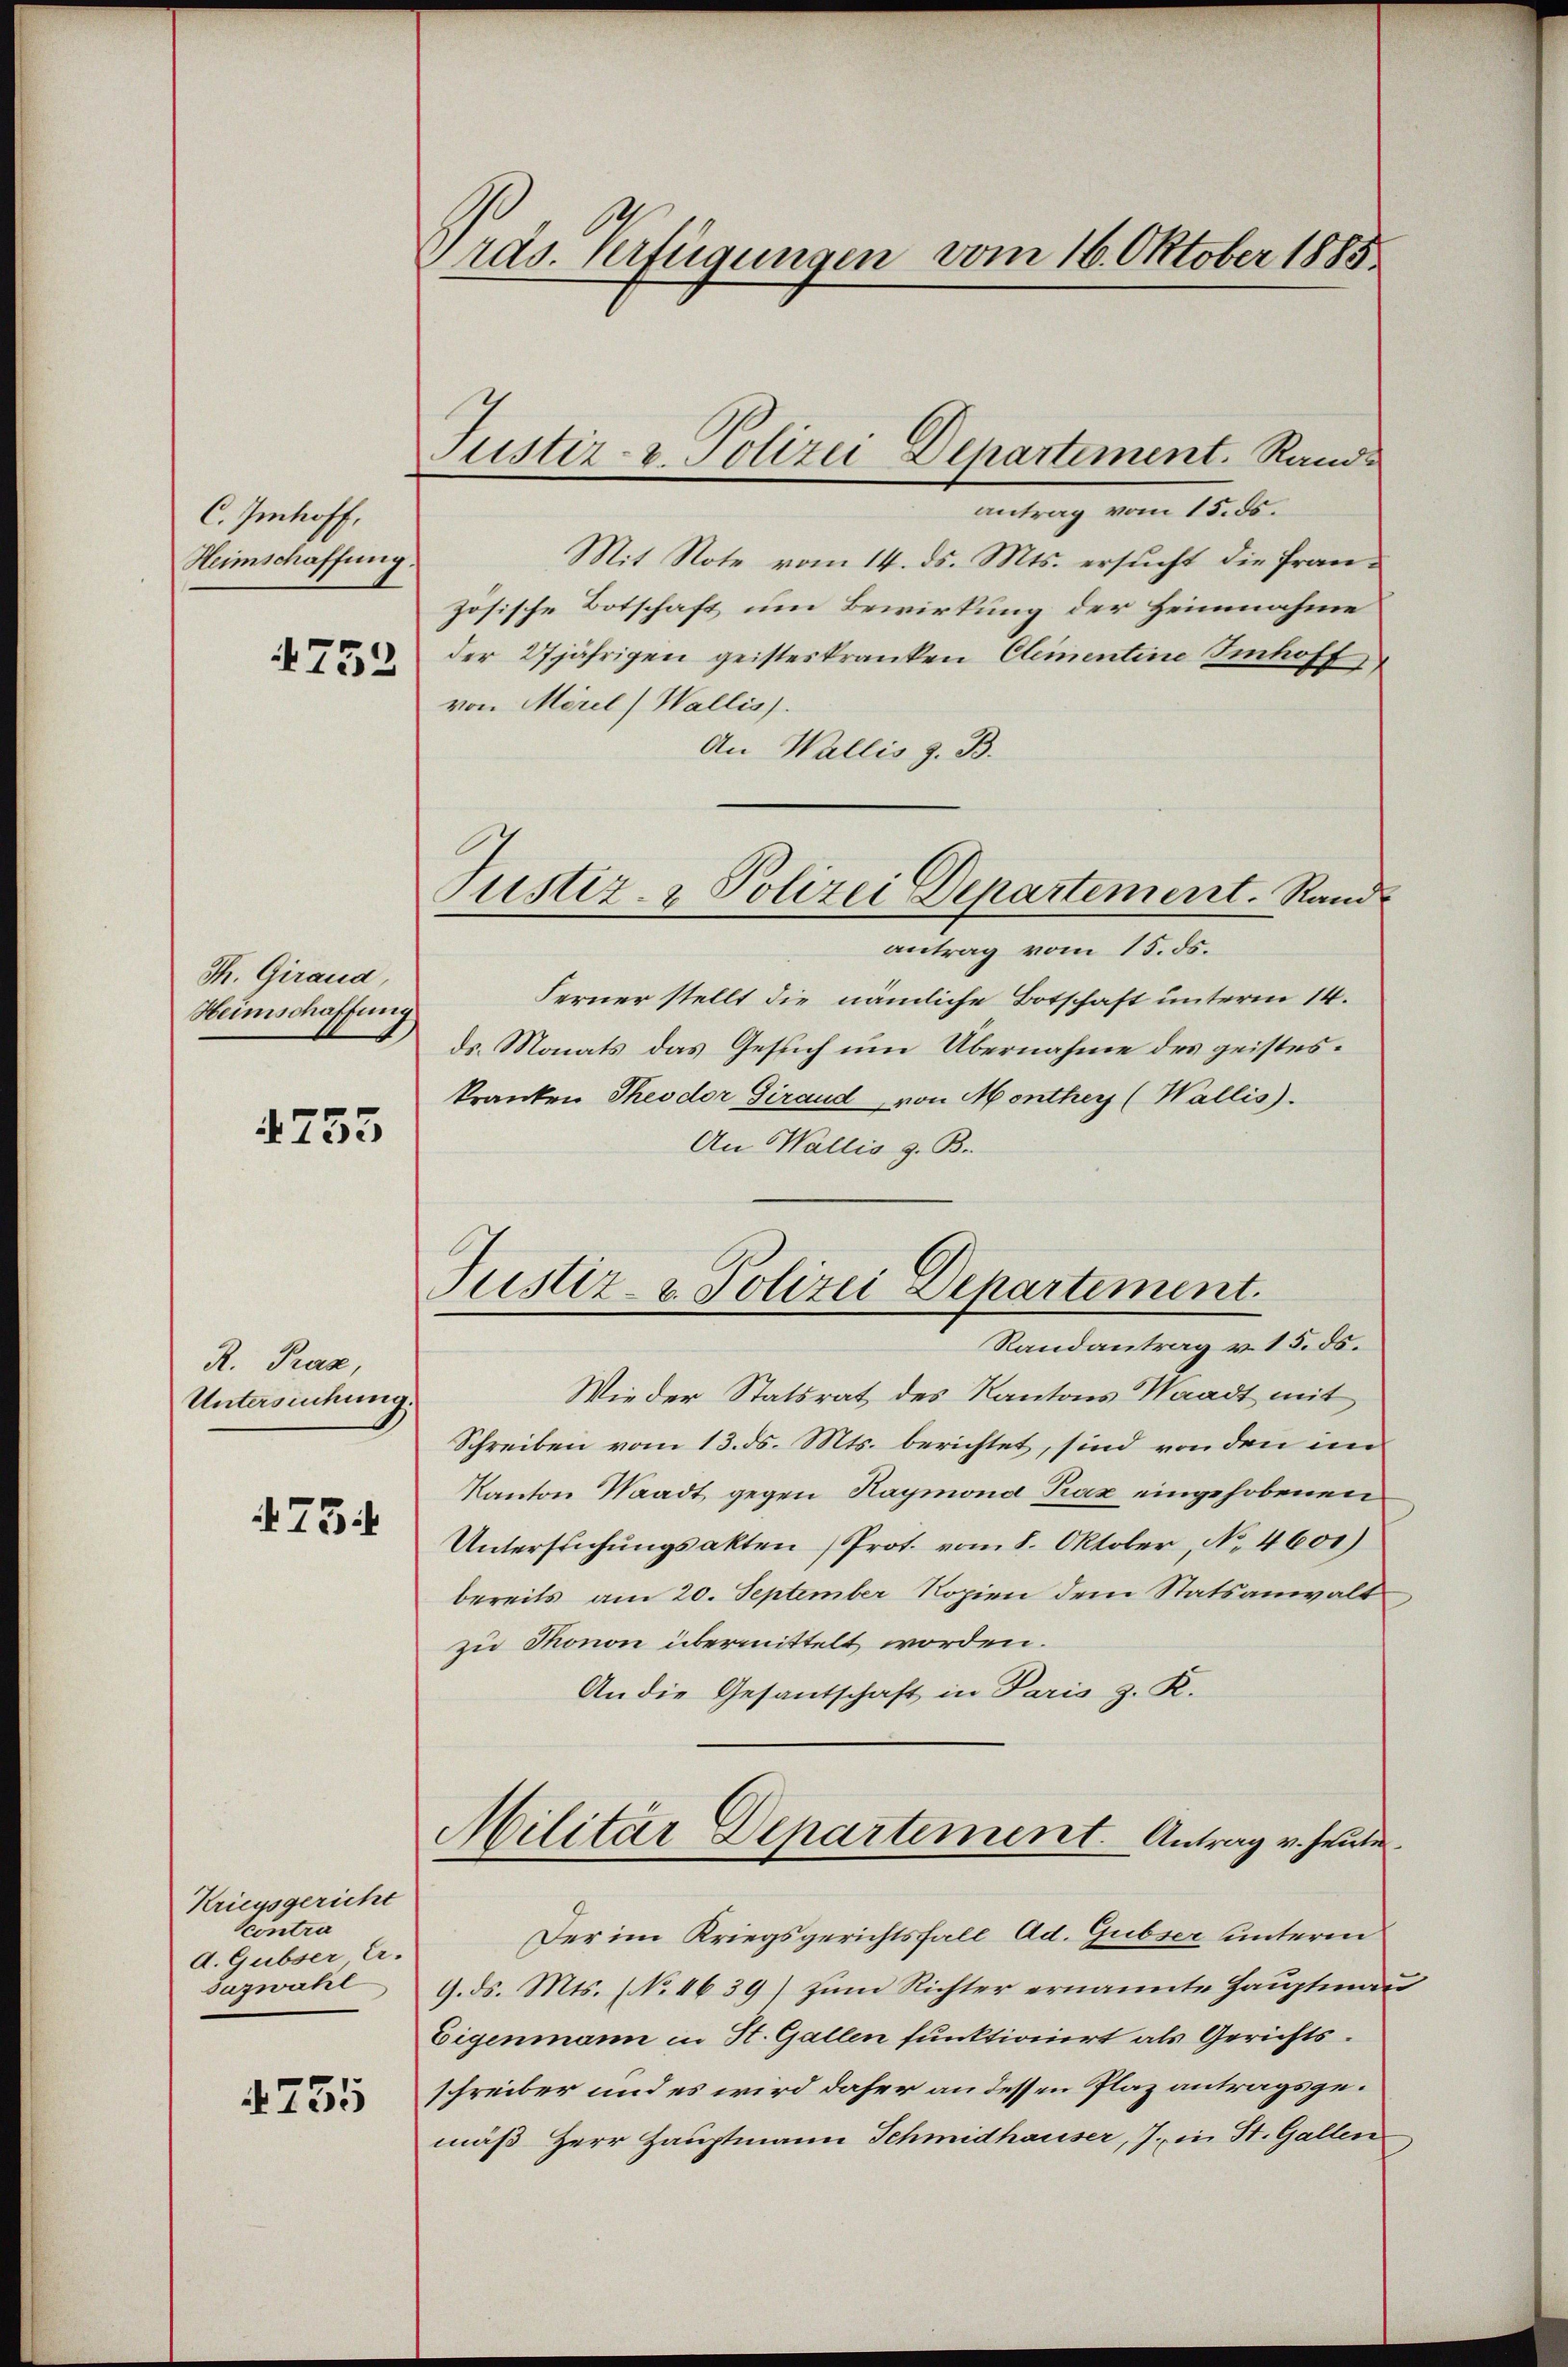
C. Imhoff,
Heimschaffung.
4752

Th. Giraud
Heimschaffung

4753

R. Prax,
Untersuchung.

475

Kriegsgericht
Ccontra
d. Gubser A.
suzwahl

§735

Pras. Verfügungen vom 16. Oktober 1885

Justiz- & Polizei Departement. Rand

antrag vom 15. ds.
Mit Note vom 14. ds. Mts. ersucht die französische Botschaft um Bewirkung der Heimnahme
der 27jährigen geisteskranken Clementine Imhoff,
von Meril) Wallis).
An Wallis z. B.
Justiz- & Polizei Departement. Rand
antrag vom 15. ds.
Ferner stellt die nämliche Botschaft unterm 14.
ds. Monats das Gesuch um Übernahme des geisteskranken Theodor Giraud von Monthey (Wallis.
An Wallis z. B.

Wieder Statsrat des Kantons Waadt mit
Schreiben vom 13. ds. Mts. berichtet, sind von den im
Kanton Waadt gegen Haymond Prax eingehobenen
Untersŭchŭngsakten (Prot. vom 8. Oktober, No. 4601)
bereits am 20. September Kopien dem Statsanwalt
zu Thonon übermittelt worden.
An die Gesantschaft in Paris z. K.
Militar Departement. Antrag v. heute
Der im Kriegsgerichtsfall Ad. Gubser unterm
9. ds. Mts. (NNo. 4639) zum Richter ernannte Hauptmann
Eigenmann in St. Gallen funktionirt als Gerichtsschreiber und es wird daher an dessen Plaz antragsgemäß Herr Hauptmann Schmidhauser, J. in St. Gallen

Justiz- & Polizei Departement.
Randantrag v. 15. ds.